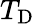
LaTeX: T_{\mathrm{{D}}}